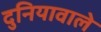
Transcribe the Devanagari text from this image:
दुनियावाले